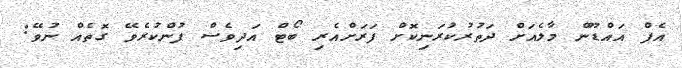
އެފް އައްޑޫން މާލެއަށް ދަތުރުކުރަނިކޮށް ފަރަށްއެރި ބޯޓް އަދިވެސް ފުންކުރެވޭ ގޮތެއް ނުވޭ: